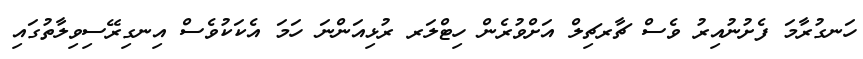
ހަނގުރާމަ ފެށުނުއިރު ވެސް ޗާރޗިލް އަށްވުރެން ހިޓްލަރ ރުޅިއަންނަ ހަމަ އެކަކުވެސް އިނގިރޭސިވިލާތުގައި